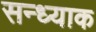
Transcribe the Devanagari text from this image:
सन्ध्याक